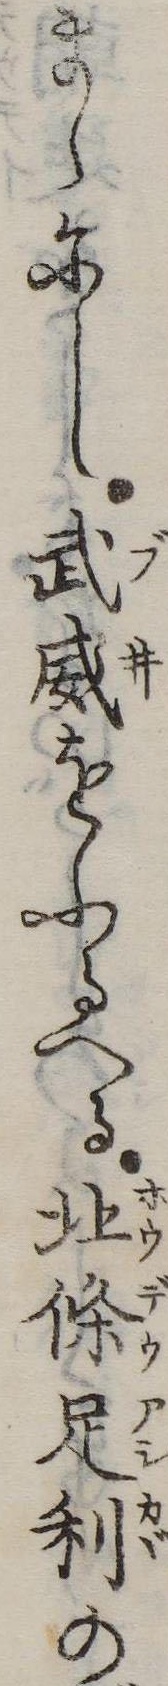
まゝにし武威をふるへる北条足利の